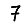
Digit: 7